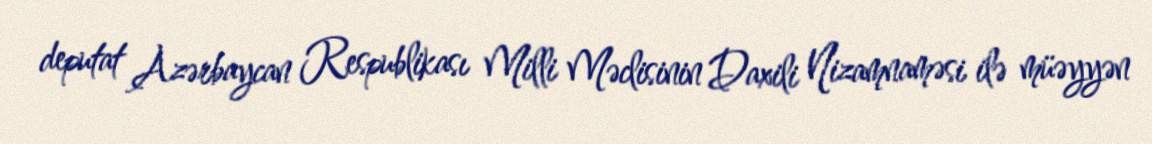
deputat Azərbaycan Respublikası Milli Məclisinin Daxili Nizamnaməsi ilə müəyyən